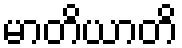
မာတိယာတိ